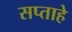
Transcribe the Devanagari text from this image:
सप्ताहे